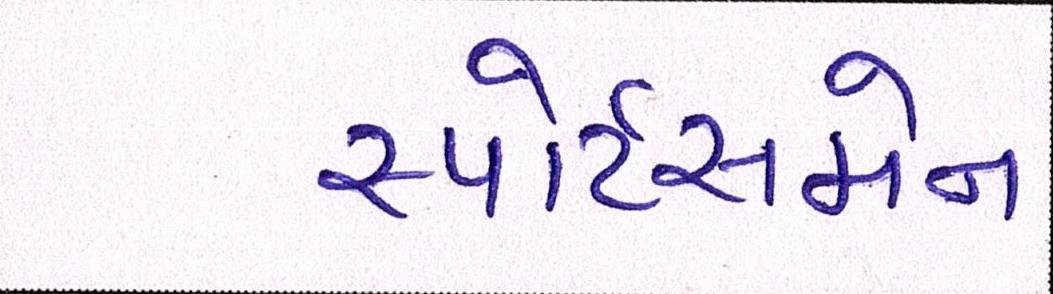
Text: સ્પોર્ટસમેન